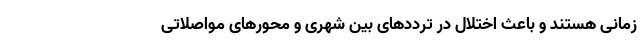
زمانی هستند و باعث اختلال در ترددهای بین شهری و محور‌های مواصلاتی